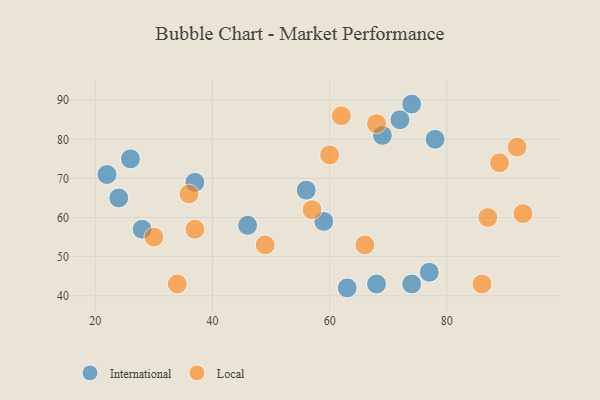
{"axis": {"x": "GDP", "y": "Life Expectancy"}, "legend": ["International", "Local"], "data": [{"x": "26", "y": 75, "type": "International"}, {"x": "78", "y": 80, "type": "International"}, {"x": "68", "y": 43, "type": "International"}, {"x": "59", "y": 59, "type": "International"}, {"x": "74", "y": 43, "type": "International"}, {"x": "72", "y": 85, "type": "International"}, {"x": "37", "y": 69, "type": "International"}, {"x": "22", "y": 71, "type": "International"}, {"x": "63", "y": 42, "type": "International"}, {"x": "69", "y": 81, "type": "International"}, {"x": "24", "y": 65, "type": "International"}, {"x": "46", "y": 58, "type": "International"}, {"x": "56", "y": 67, "type": "International"}, {"x": "74", "y": 89, "type": "International"}, {"x": "77", "y": 46, "type": "International"}, {"x": "28", "y": 57, "type": "International"}, {"x": "37", "y": 57, "type": "Local"}, {"x": "49", "y": 53, "type": "Local"}, {"x": "93", "y": 61, "type": "Local"}, {"x": "60", "y": 76, "type": "Local"}, {"x": "66", "y": 53, "type": "Local"}, {"x": "36", "y": 66, "type": "Local"}, {"x": "87", "y": 60, "type": "Local"}, {"x": "62", "y": 86, "type": "Local"}, {"x": "30", "y": 55, "type": "Local"}, {"x": "68", "y": 84, "type": "Local"}, {"x": "92", "y": 78, "type": "Local"}, {"x": "34", "y": 43, "type": "Local"}, {"x": "86", "y": 43, "type": "Local"}, {"x": "89", "y": 74, "type": "Local"}, {"x": "57", "y": 62, "type": "Local"}]}